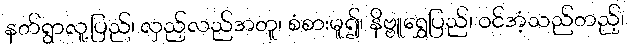
နတ်ရွာလူ့ပြည်၊ လှည့်လည်အတူ၊ စံစားမူ၍၊ နိဗ္ဗူရွှေပြည်၊ ဝင်အံ့သည်တည့်၊